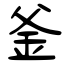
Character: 釜